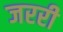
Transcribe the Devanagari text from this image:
जररी